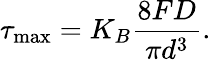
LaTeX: \tau_{\mathrm{max}}=K_{B}\frac{8FD}{\pi d^{3}}.